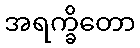
အရက္ခိတော